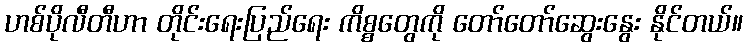
ဟစ်ပိုလီတီဟာ တိုင်းရေးပြည်ရေး ကိစ္စတွေကို တော်တော်ဆွေးနွေး နိုင်တယ်။